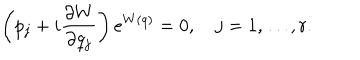
LaTeX: \left( p _ { j } + i { \frac { \partial W } { \partial q _ { j } } } \right) e ^ { W ( q ) } = 0 , \quad j = 1 , \ldots , r .